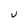
Character: v